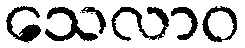
သေလာဝ